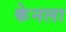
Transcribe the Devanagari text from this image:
केनला